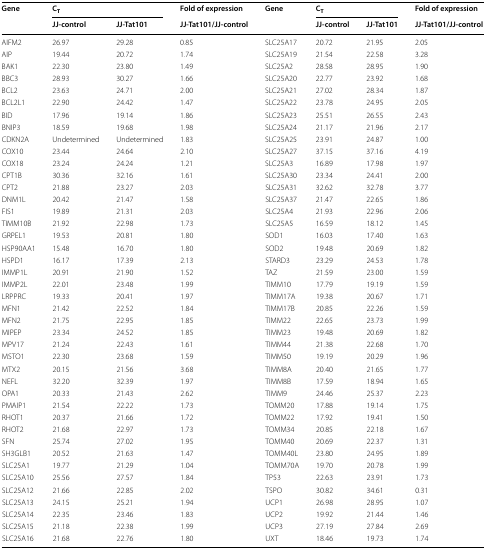
<table><thead><tr><td rowspan="2"><b>Gene</b></td><td colspan="2"><b>C<sub>T</sub></b></td><td><b>Fold of expression</b></td><td rowspan="2"><b>Gene</b></td><td colspan="2"><b>C<sub>T</sub></b></td><td><b>Fold of expression</b></td></tr><tr><td><b>JJ-control</b></td><td><b>JJ-Tat101</b></td><td><b>JJ-Tat101/JJ-control</b></td><td><b>JJ-control</b></td><td><b>JJ-Tat101</b></td><td><b>JJ-Tat101/JJ-control</b></td></tr></thead><tbody><tr><td>AIFM2</td><td>26.97</td><td>29.28</td><td>0.85</td><td>SLC25A17</td><td>20.72</td><td>21.95</td><td>2.05</td></tr><tr><td>AIP</td><td>19.44</td><td>20.72</td><td>1.74</td><td>SLC25A19</td><td>21.54</td><td>22.58</td><td>3.28</td></tr><tr><td>BAK1</td><td>22.30</td><td>23.80</td><td>1.49</td><td>SLC25A2</td><td>28.58</td><td>28.95</td><td>1.90</td></tr><tr><td>BBC3</td><td>28.93</td><td>30.27</td><td>1.66</td><td>SLC25A20</td><td>22.77</td><td>23.92</td><td>1.68</td></tr><tr><td>BCL2</td><td>23.63</td><td>24.71</td><td>2.00</td><td>SLC25A21</td><td>27.02</td><td>28.34</td><td>1.87</td></tr><tr><td>BCL2L1</td><td>22.90</td><td>24.42</td><td>1.47</td><td>SLC25A22</td><td>23.78</td><td>24.95</td><td>2.05</td></tr><tr><td>BID</td><td>17.96</td><td>19.14</td><td>1.86</td><td>SLC25A23</td><td>25.51</td><td>26.55</td><td>2.43</td></tr><tr><td>BNIP3</td><td>18.59</td><td>19.68</td><td>1.98</td><td>SLC25A24</td><td>21.17</td><td>21.96</td><td>2.17</td></tr><tr><td>CDKN2A</td><td>Undetermined</td><td>Undetermined</td><td>1.83</td><td>SLC25A25</td><td>23.91</td><td>24.87</td><td>1.00</td></tr><tr><td>COX10</td><td>23.44</td><td>24.64</td><td>2.10</td><td>SLC25A27</td><td>37.15</td><td>37.16</td><td>4.19</td></tr><tr><td>COX18</td><td>23.24</td><td>24.24</td><td>1.21</td><td>SLC25A3</td><td>16.89</td><td>17.98</td><td>1.97</td></tr><tr><td>CPT1B</td><td>30.36</td><td>32.16</td><td>1.61</td><td>SLC25A30</td><td>23.34</td><td>24.41</td><td>2.00</td></tr><tr><td>CPT2</td><td>21.88</td><td>23.27</td><td>2.03</td><td>SLC25A31</td><td>32.62</td><td>32.78</td><td>3.77</td></tr><tr><td>DNM1L</td><td>20.42</td><td>21.47</td><td>1.58</td><td>SLC25A37</td><td>21.47</td><td>22.65</td><td>1.86</td></tr><tr><td>FIS1</td><td>19.89</td><td>21.31</td><td>2.03</td><td>SLC25A4</td><td>21.93</td><td>22.96</td><td>2.06</td></tr><tr><td>TIMM10B</td><td>21.92</td><td>22.98</td><td>1.73</td><td>SLC25A5</td><td>16.59</td><td>18.12</td><td>1.45</td></tr><tr><td>GRPEL1</td><td>19.53</td><td>20.81</td><td>1.80</td><td>SOD1</td><td>16.03</td><td>17.40</td><td>1.63</td></tr><tr><td>HSP90AA1</td><td>15.48</td><td>16.70</td><td>1.80</td><td>SOD2</td><td>19.48</td><td>20.69</td><td>1.82</td></tr><tr><td>HSPD1</td><td>16.17</td><td>17.39</td><td>2.13</td><td>STARD3</td><td>23.29</td><td>24.53</td><td>1.78</td></tr><tr><td>IMMP1L</td><td>20.91</td><td>21.90</td><td>1.52</td><td>TAZ</td><td>21.59</td><td>23.00</td><td>1.59</td></tr><tr><td>IMMP2L</td><td>22.01</td><td>23.48</td><td>1.99</td><td>TIMM10</td><td>17.79</td><td>19.19</td><td>1.59</td></tr><tr><td>LRPPRC</td><td>19.33</td><td>20.41</td><td>1.97</td><td>TIMM17A</td><td>19.38</td><td>20.67</td><td>1.71</td></tr><tr><td>MFN1</td><td>21.42</td><td>22.52</td><td>1.84</td><td>TIMM17B</td><td>20.85</td><td>22.26</td><td>1.59</td></tr><tr><td>MFN2</td><td>21.75</td><td>22.95</td><td>1.85</td><td>TIMM22</td><td>22.65</td><td>23.73</td><td>1.99</td></tr><tr><td>MIPEP</td><td>23.34</td><td>24.52</td><td>1.85</td><td>TIMM23</td><td>19.48</td><td>20.69</td><td>1.82</td></tr><tr><td>MPV17</td><td>21.24</td><td>22.43</td><td>1.61</td><td>TIMM44</td><td>21.38</td><td>22.68</td><td>1.70</td></tr><tr><td>MSTO1</td><td>22.30</td><td>23.68</td><td>1.59</td><td>TIMM50</td><td>19.19</td><td>20.29</td><td>1.96</td></tr><tr><td>MTX2</td><td>20.15</td><td>21.56</td><td>3.68</td><td>TIMM8A</td><td>20.40</td><td>21.65</td><td>1.77</td></tr><tr><td>NEFL</td><td>32.20</td><td>32.39</td><td>1.97</td><td>TIMM8B</td><td>17.59</td><td>18.94</td><td>1.65</td></tr><tr><td>OPA1</td><td>20.33</td><td>21.43</td><td>2.62</td><td>TIMM9</td><td>24.46</td><td>25.37</td><td>2.23</td></tr><tr><td>PMAIP1</td><td>21.54</td><td>22.22</td><td>1.73</td><td>TOMM20</td><td>17.88</td><td>19.14</td><td>1.75</td></tr><tr><td>RHOT1</td><td>20.37</td><td>21.66</td><td>1.72</td><td>TOMM22</td><td>17.92</td><td>19.41</td><td>1.50</td></tr><tr><td>RHOT2</td><td>21.68</td><td>22.97</td><td>1.73</td><td>TOMM34</td><td>20.85</td><td>22.18</td><td>1.67</td></tr><tr><td>SFN</td><td>25.74</td><td>27.02</td><td>1.95</td><td>TOMM40</td><td>20.69</td><td>22.37</td><td>1.31</td></tr><tr><td>SH3GLB1</td><td>20.52</td><td>21.63</td><td>1.47</td><td>TOMM40L</td><td>23.80</td><td>24.95</td><td>1.89</td></tr><tr><td>SLC25A1</td><td>19.77</td><td>21.29</td><td>1.04</td><td>TOMM70A</td><td>19.70</td><td>20.78</td><td>1.99</td></tr><tr><td>SLC25A10</td><td>25.56</td><td>27.57</td><td>1.84</td><td>TP53</td><td>22.63</td><td>23.91</td><td>1.73</td></tr><tr><td>SLC25A12</td><td>21.66</td><td>22.85</td><td>2.02</td><td>TSPO</td><td>30.82</td><td>34.61</td><td>0.31</td></tr><tr><td>SLC25A13</td><td>24.15</td><td>25.21</td><td>1.94</td><td>UCP1</td><td>26.98</td><td>28.95</td><td>1.07</td></tr><tr><td>SLC25A14</td><td>22.35</td><td>23.46</td><td>1.83</td><td>UCP2</td><td>19.92</td><td>21.44</td><td>1.46</td></tr><tr><td>SLC25A15</td><td>21.18</td><td>22.38</td><td>1.99</td><td>UCP3</td><td>27.19</td><td>27.84</td><td>2.69</td></tr><tr><td>SLC25A16</td><td>21.68</td><td>22.76</td><td>1.80</td><td>UXT</td><td>18.46</td><td>19.73</td><td>1.74</td></tr></tbody></table>